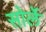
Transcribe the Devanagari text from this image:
सोर्ले